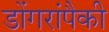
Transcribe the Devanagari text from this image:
डोंगरांपैकी